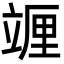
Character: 竰